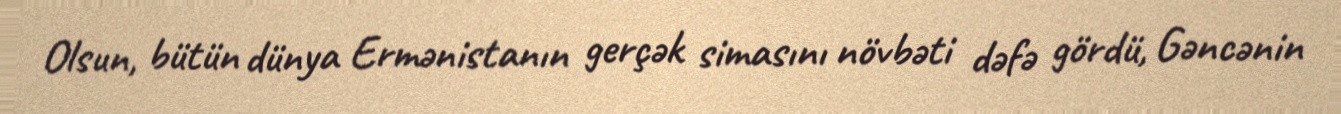
Olsun, bütün dünya Ermənistanın gerçək simasını növbəti dəfə gördü, Gəncənin